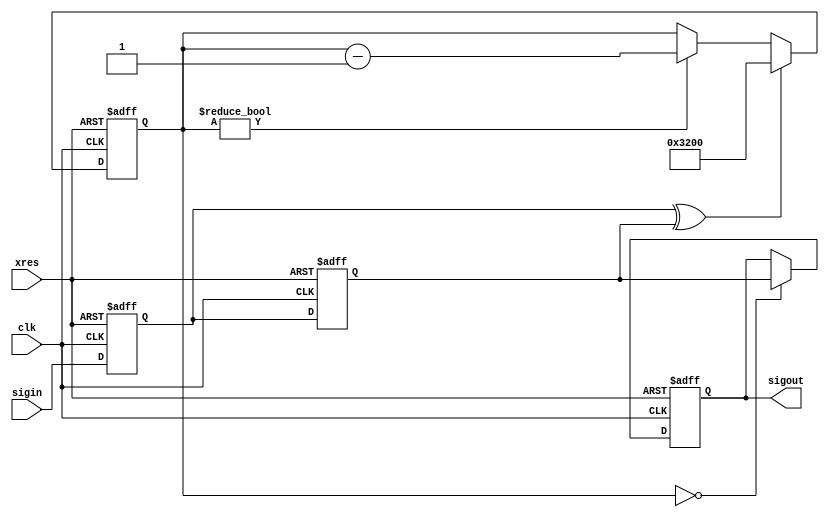
/*  */
module filter 
#( parameter WIDTH = 1'b1, INIT = 1'b0, CNT_FLT = 16'd12800 )
( clk, xres, sigin, sigout );
// (default: 12800clk/50MHz = 256usec)

    input clk, xres;
    input [WIDTH-1:0] sigin;
    output [WIDTH-1:0] sigout;
    
    reg [WIDTH-1:0] sigout, sigin_1d, sigin_2d;
    reg [15:0] cnt;
    wire sig_tgl;
        
    // sigin
    always @( posedge clk or negedge xres )
    begin
        if ( xres == 1'b0 ) begin
            sigin_1d <= INIT;
            sigin_2d <= INIT;
        end
        else begin
            sigin_1d <= sigin;
            sigin_2d <= sigin_1d;
        end
    end
    assign sig_tgl = |(sigin_1d ^ sigin_2d);
    
    // 
    always @ ( posedge clk or negedge xres )
    begin
        if ( xres == 1'b0 )
            cnt <= 1'd0;
        else if ( sig_tgl == 1'b1 )
            cnt <= CNT_FLT;
        else if ( cnt != 1'd0 )
            cnt <= cnt - 1'd1;
        else
            cnt <= cnt;
    end
    
    // 
    always @ ( posedge clk or negedge xres )
    begin
        if ( xres == 1'b0 )
            sigout <= INIT;
        else if ( cnt == 1'd0 )
            sigout <= sigin_2d;
        else
            sigout <= sigout;
    end
endmodule